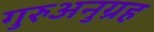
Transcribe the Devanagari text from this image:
गुरुअनुग्रह